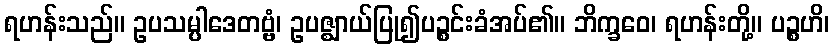
ရဟန်းသည်။ ဥပသမ္ပါဒေတဗ္ဗံ၊ ဥပဇ္ဈာယ်ပြု၍ပဉ္စင်းခံအပ်၏။ ဘိက္ခဝေ၊ ရဟန်းတို့။ ပဉ္စဟိ၊